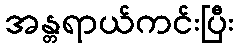
အန္တရာယ်ကင်းပြီး